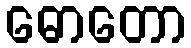
ဓောတော